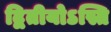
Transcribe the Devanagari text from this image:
द्वितीयोऽस्ति